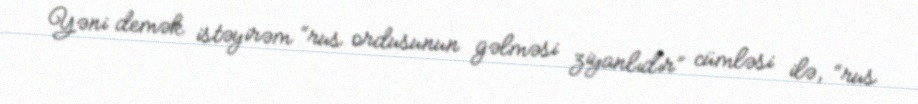
Yəni demək istəyirəm “rus ordusunun gəlməsi ziyanlıdır” cümləsi ilə, “rus